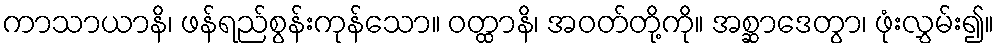
ကာသာယာနိ၊ ဖန်ရည်စွန်းကုန်သော။ ဝတ္ထာနိ၊ အဝတ်တို့ကို။ အစ္ဆာဒေတွာ၊ ဖုံးလွှမ်း၍။